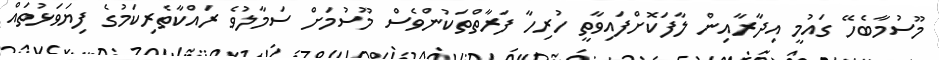
މޫސުމާބެހޭ ގައުމީ އިދާރާއިން ލާފަކޮށްފައިވާތީ ހުރިހާ ފަރާތްތަކުންވެސް މޫސުމަށް ސަމާލުވެ ރައްކާތެރިކަމުގެ ފިޔަވަޅުތައް